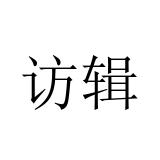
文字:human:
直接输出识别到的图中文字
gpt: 访辑